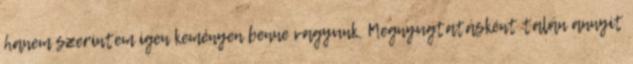
hanem szerintem igen keményen benne vagyunk. Megnyugtatásként talán annyit